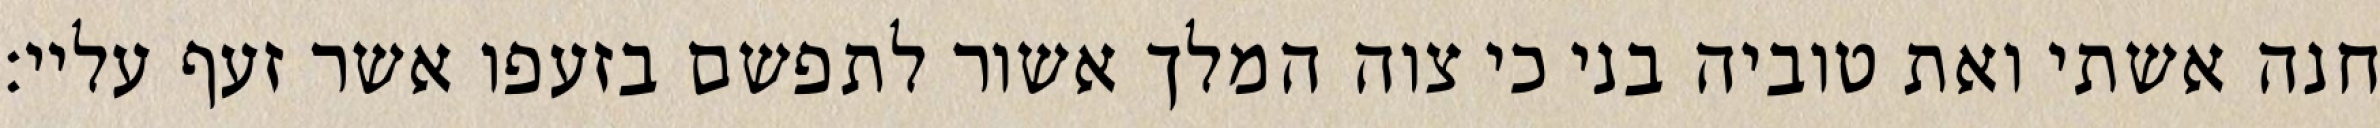
חנה אשתי ואת טוביה בני כי צוה המלך אשור לתפשם בזעפו אשר זעף עליי: